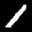
Label: 1